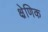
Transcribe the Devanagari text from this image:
क्ष्रेणिक